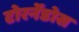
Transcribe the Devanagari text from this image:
टोरर्नेडोस